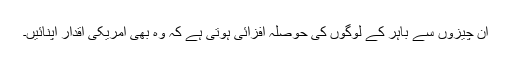
ان چیزوں سے باہر کے لوگوں کی حوصلہ افزائی ہوتی ہے کہ وہ بھی امریکی اقدار اپنائیں۔